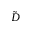
\tilde { D }